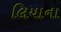
લિયાના